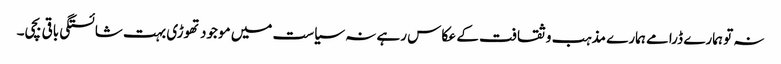
نہ تو ہمارے ڈرامے ہمارے مذہب و ثقافت کے عکاس رہے نہ سیاست میں موجود تھوڑی بہت شائستگی باقی بچی۔